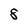
Character: 8